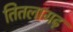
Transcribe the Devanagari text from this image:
तितलागढ़